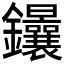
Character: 𨰴